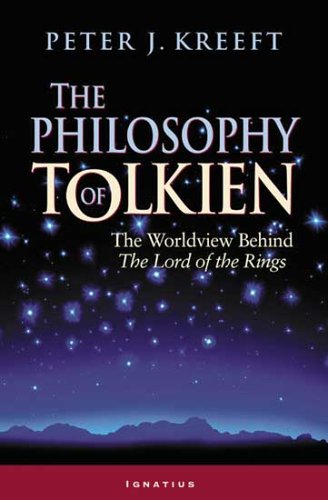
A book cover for The Philosophy of Tolkien: The Worldview Behind the Lord of the Rings; Peter Kreeft; Science Fiction & Fantasy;